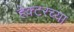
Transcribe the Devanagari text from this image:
हेक्टरच्या